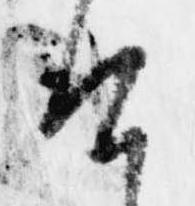
け